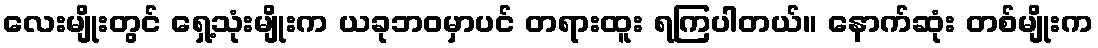
လေးမျိုးတွင် ရှေ့သုံးမျိုးက ယခုဘဝမှာပင် တရားထူး ရကြပါတယ်။ နောက်ဆုံး တစ်မျိုးက